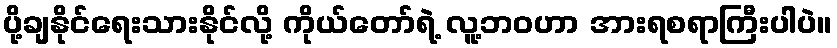
ပို့ချနိုင်ရေးသားနိုင်လို့ ကိုယ်တော်ရဲ့ လူ့ဘဝဟာ အားရစရာကြီးပါပဲ။